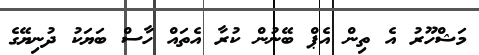
މަޝްހޫރު އެ ތިން އެޕް ބޭނުން ކުރާ އެތައް ހާސް ބަޔަކު ދުނިޔޭގެ